Bréfritari: Benjamín Flóventsson
Viðtakandi: Jón Borgfirðings Jónsson
Dagsetning: A-1854-02-10
Skrifað á: Ytri-Tjörnum  Eyf.

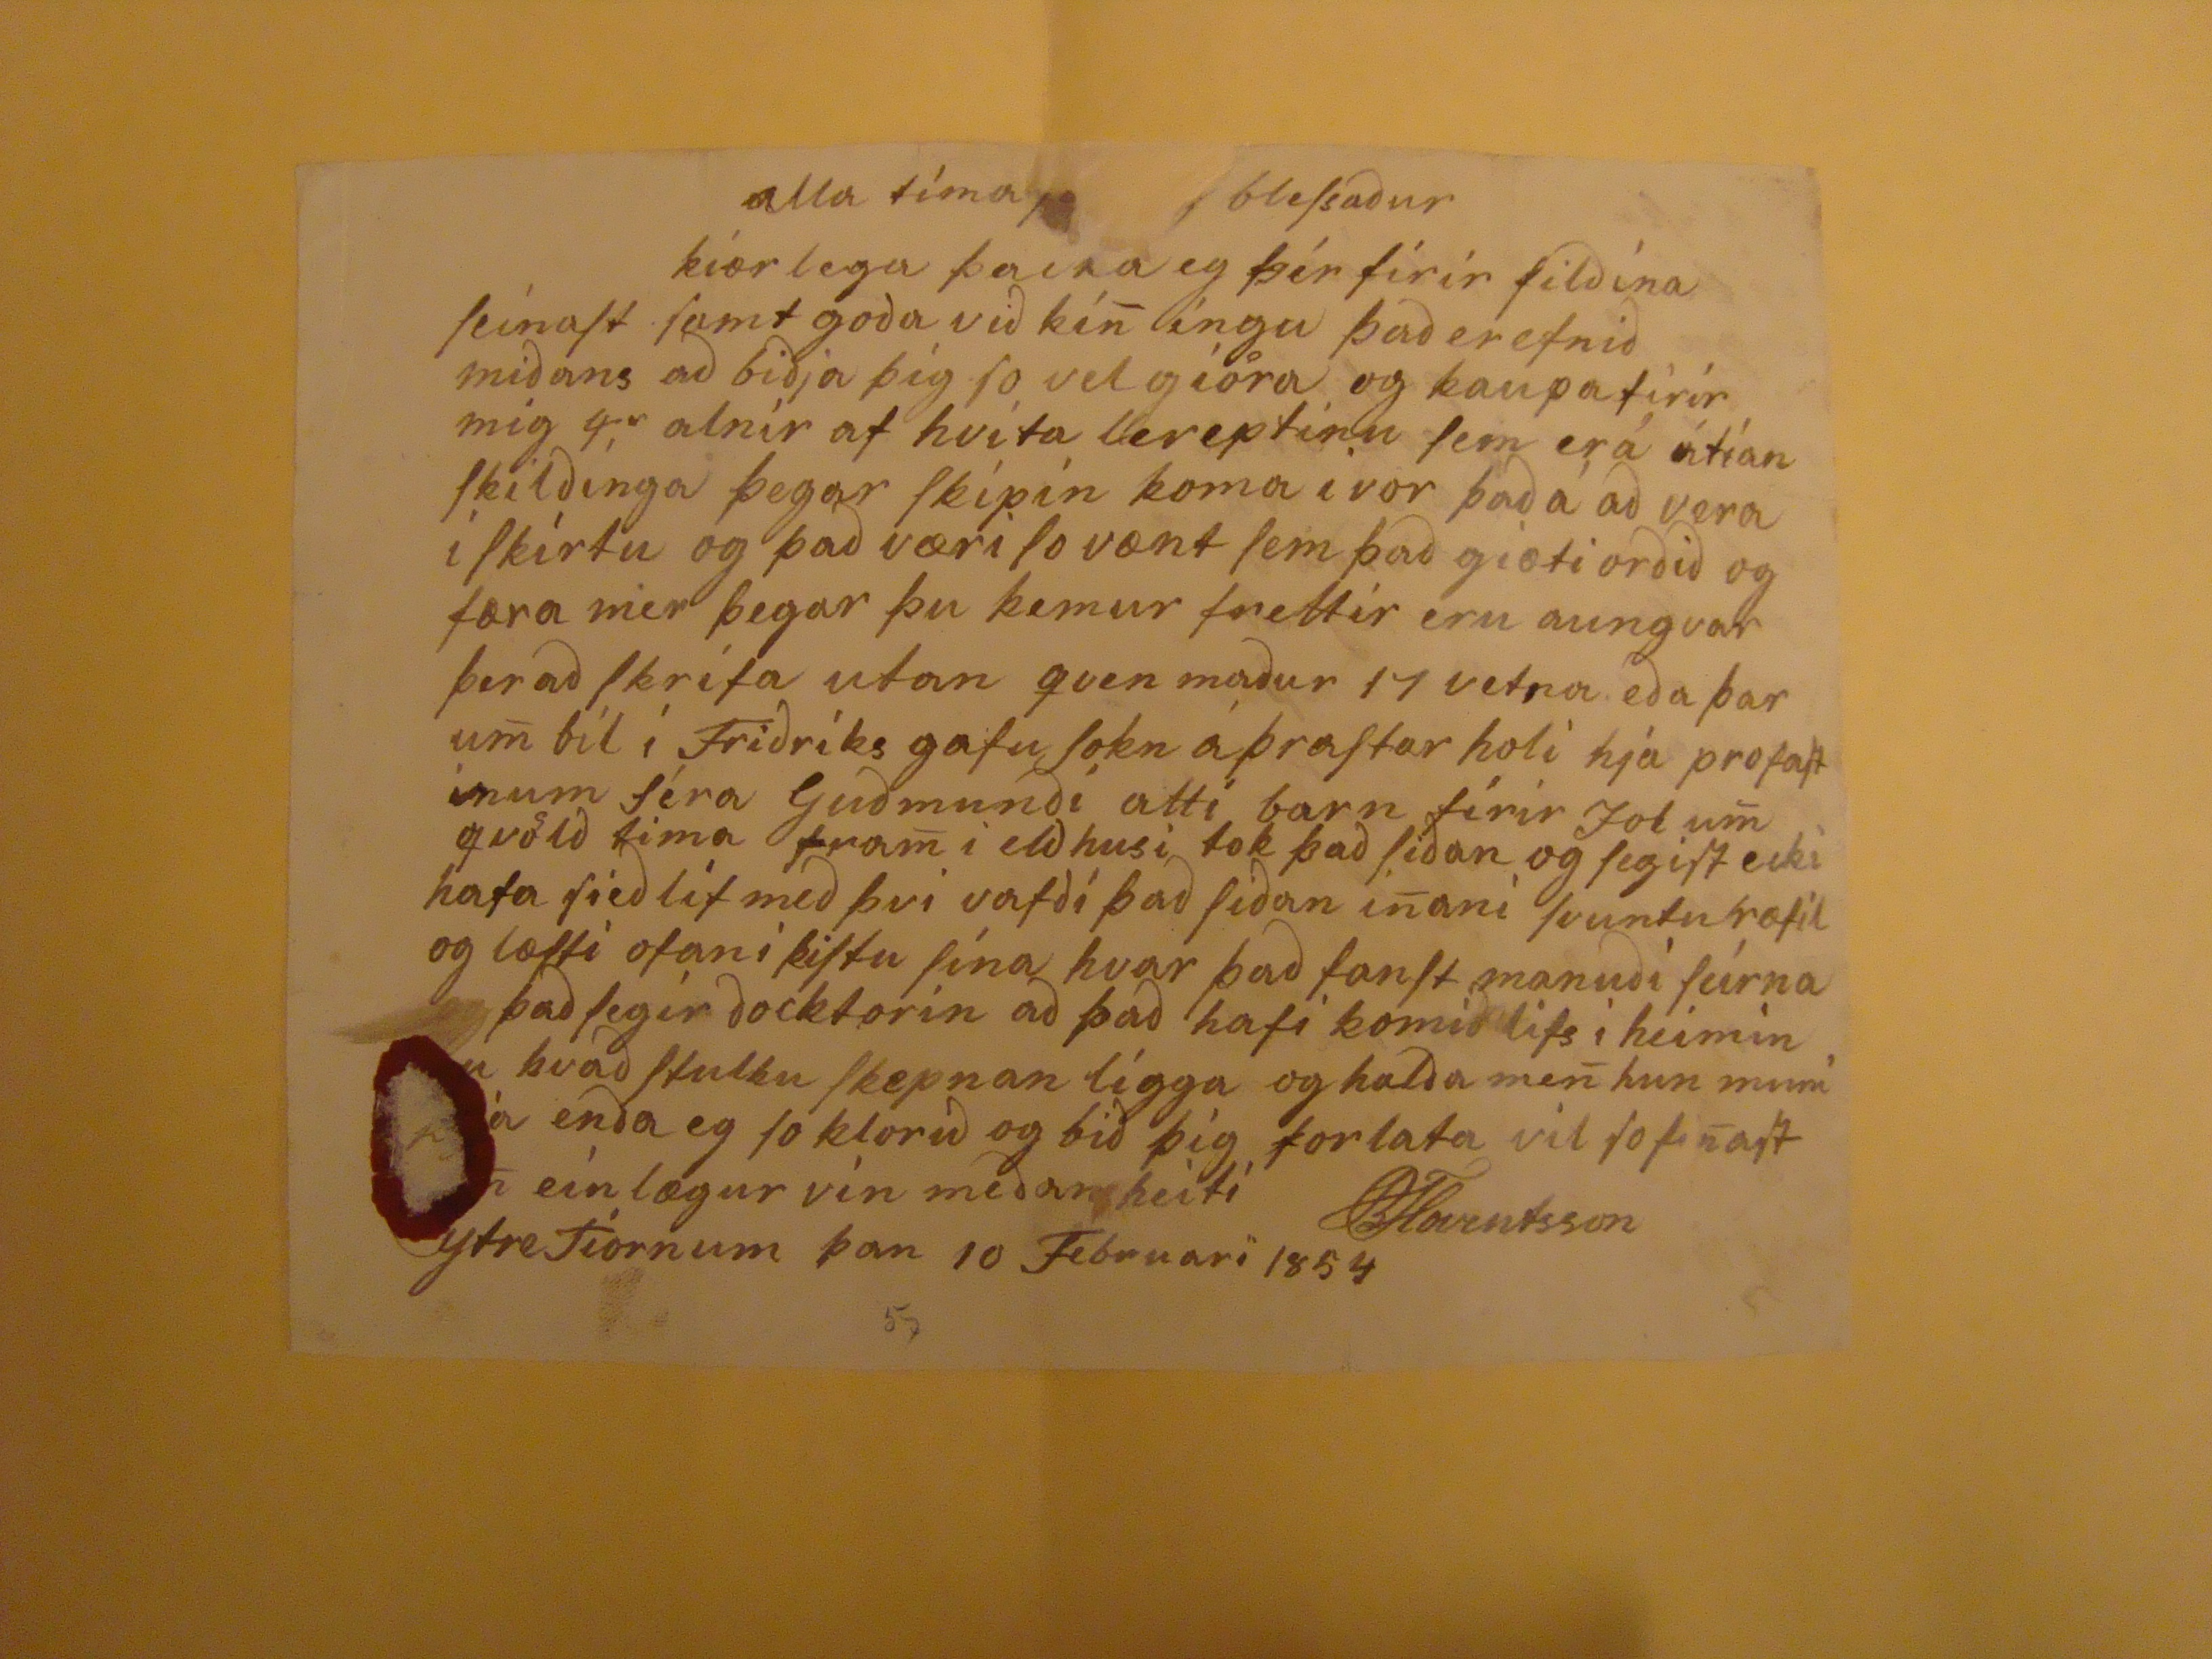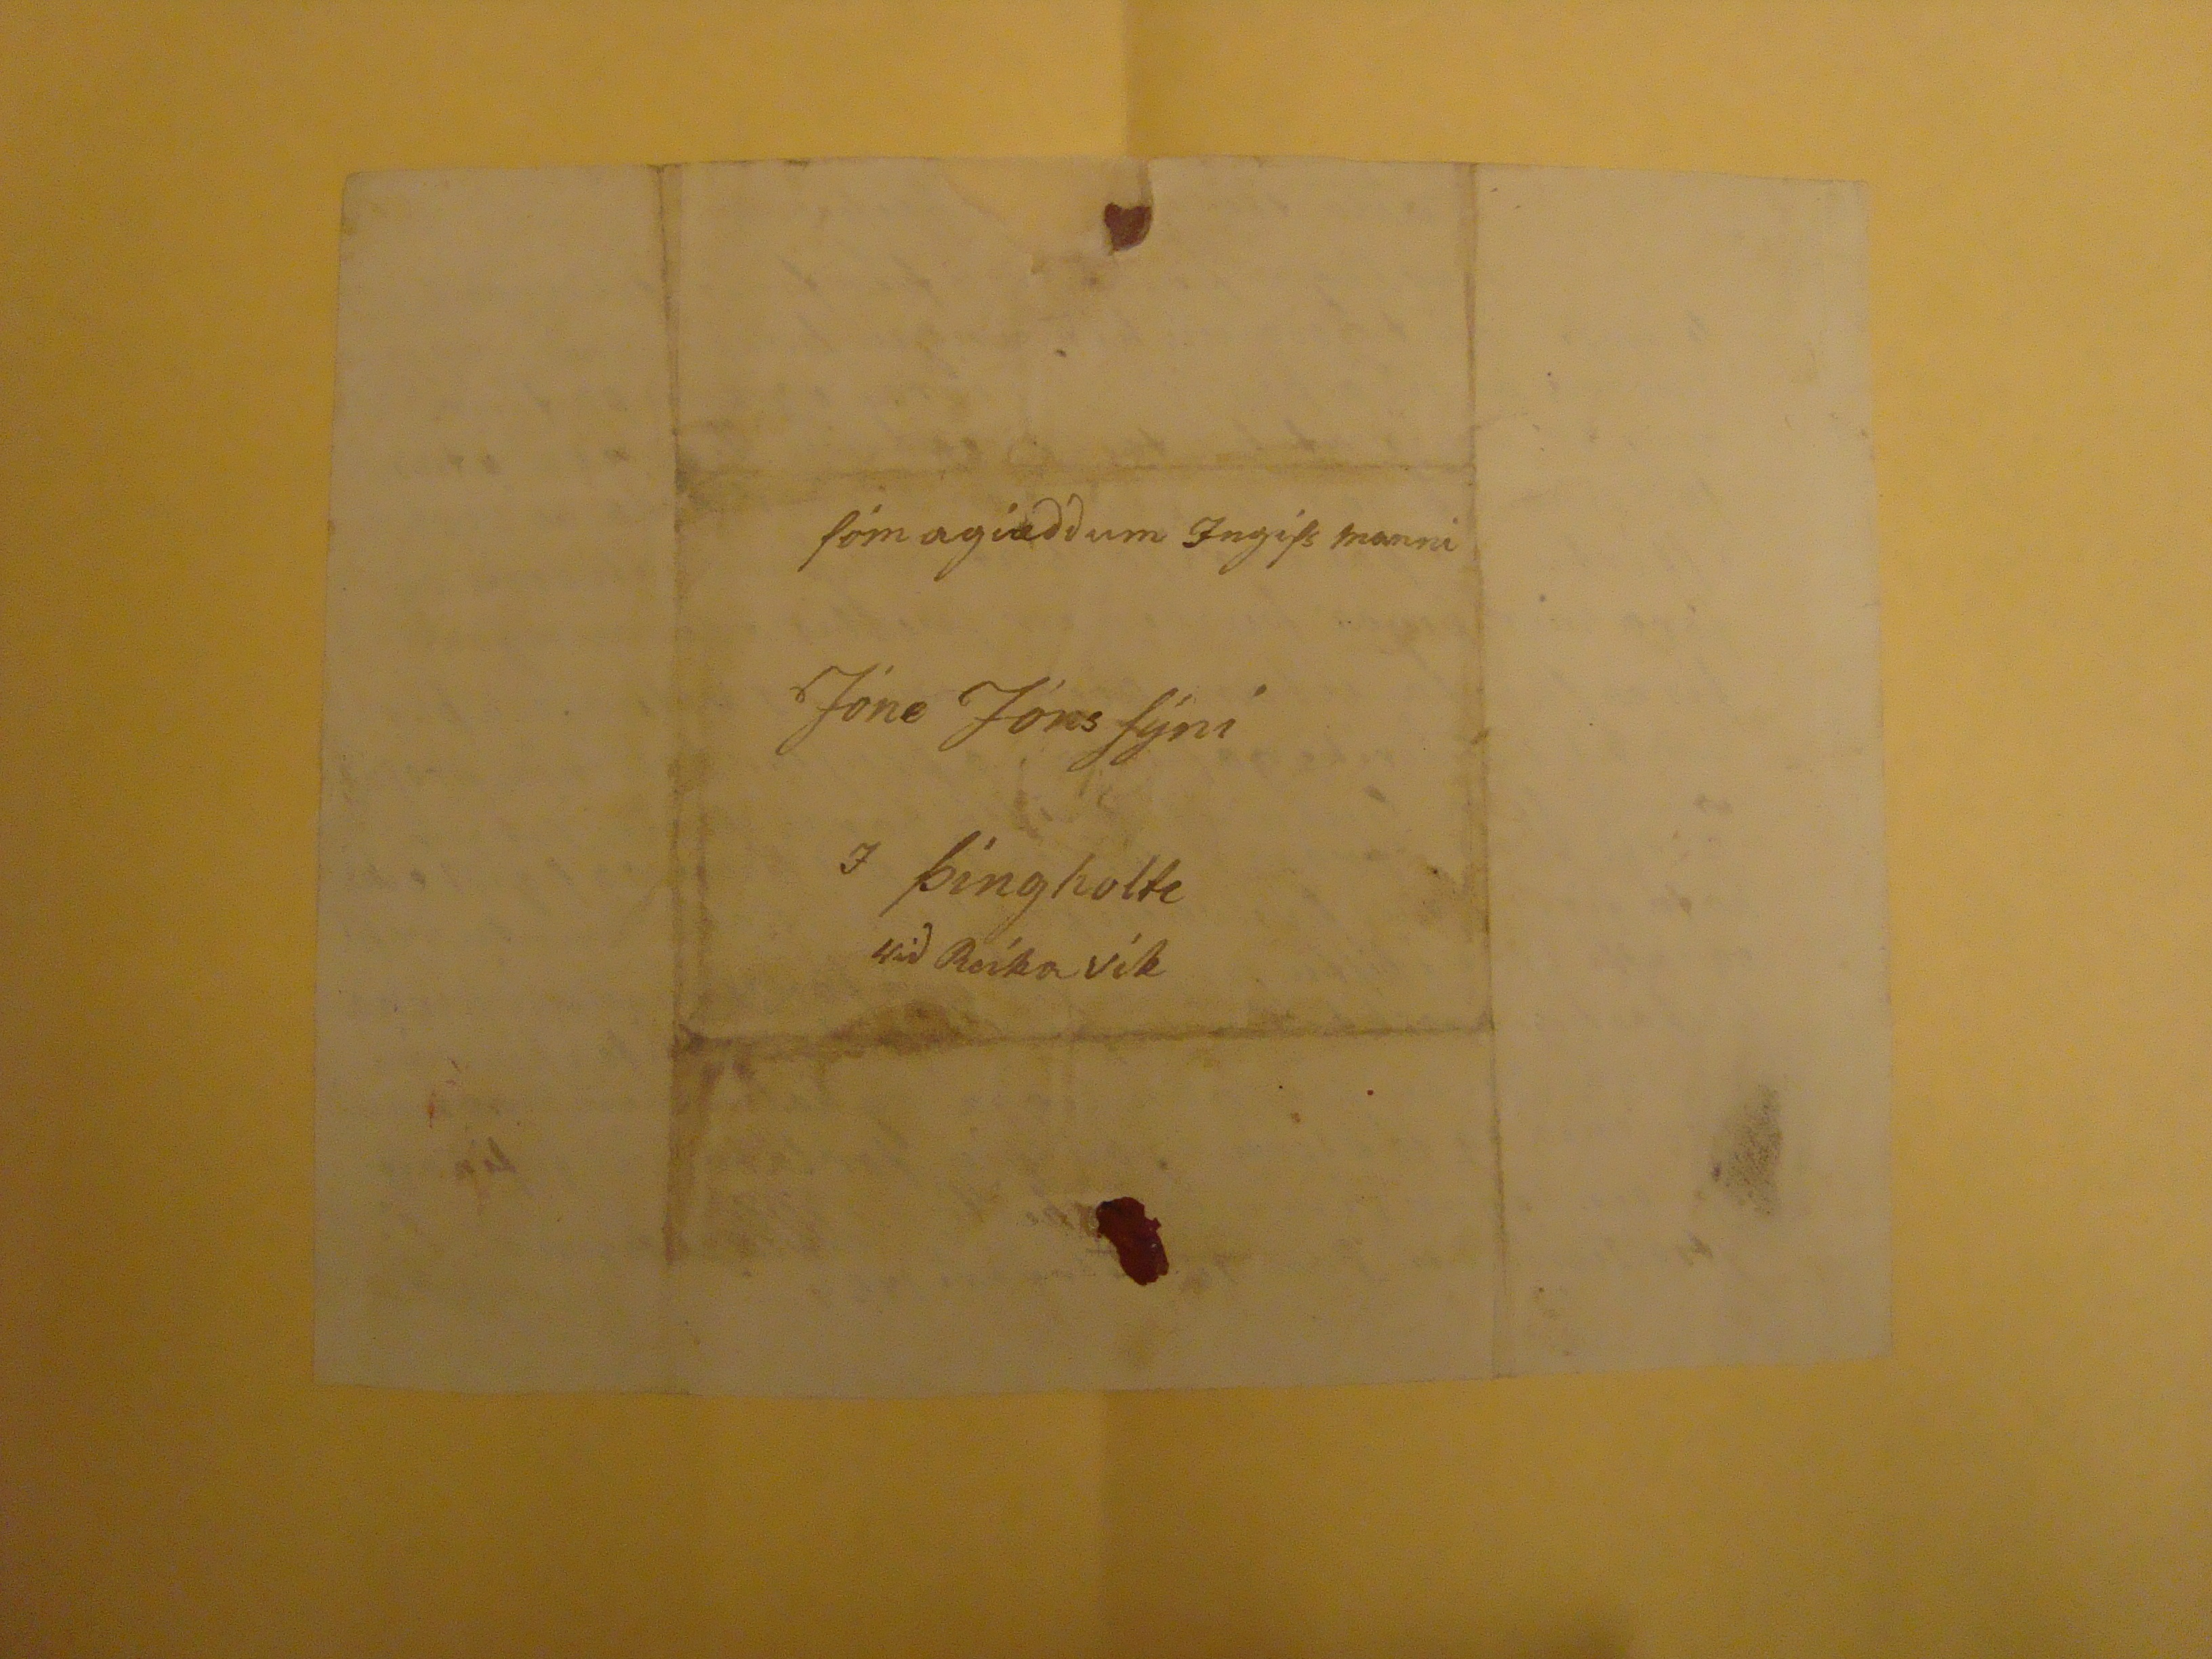

alla tíma
???
blessaður
kíærlega þacka eg þér fírír filðína seínast samt goðu við kí
n
íngu það er efnið miðans að biðja þig so vel giöra og kaupa firir mig 4
ar
, alnír af hvíta lereptinu sem er á átían skilðínga þegar skípín koma í vor það á að vera í skírtu og það væri so vænt sem það giæti orðið og færa mer þegar þu kemur frettir eru aungvar fer að skrifa utan qven maður 17 vetra eða þar u
m
bil í Friðríks gafu sokn á þrastar holi hjá profastinum séra Guðmundði atti barn fírir Jon u
m
qvölð tima fra
m
i eldhusi tok það siðan og segist ecki hafa sieð líf með þvi vafði það siðan i
n
aní svuntu ræfil og læsti ofan i kistu sína hvar það fanst manuðí seírna það segir docktorin að það hafi komið lífs í heimín en hvað stulku skepnan lígga og halda me
n
hun muni
??
enða eg so klorið og bið þíg forlata vil so fi
n
ast
???
eínlægur vin meðan heítí
BFloventsson
YtreTiornum þan 10 Februari 1854
57
sómagiæððum Ingissmanni
Jóne Jónssýni
I Þíngholte
við Reíkavík